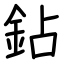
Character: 鉆